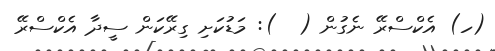
(ހ) އެކްސްރޭ ނެގުން (  ): މަޑުކަށި ގިރޭކަން ސީދާ އެކްސްރޭ